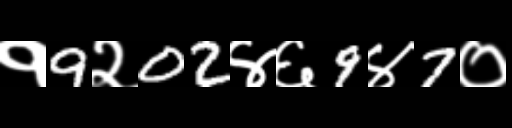
Text: १9२02४६9४7०